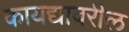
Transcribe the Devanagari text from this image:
कायद्यावरील